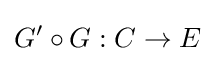
G'\circ G:C\to E